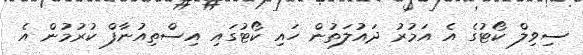
ސިވިލް ކޯޓުގެ އެ އަމުރު ދައުލަތުން ހައި ކޯޓުގައި އިސްތިއުނާފް ކުރުމުން އެ